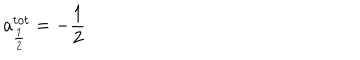
a _ { \frac 1 2 } ^ { t o t } = - \frac 1 2